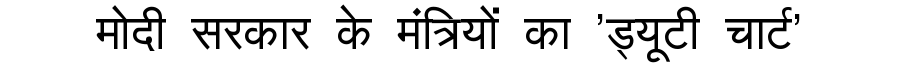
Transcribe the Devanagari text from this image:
मोदी सरकार के मंत्रियों का 'ड्यूटी चार्ट'